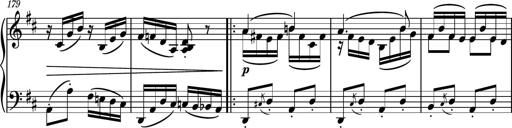
Title: Piano Sonatina No.6
Composer: Dimitri Sykias
Key: A major